Scottish Certificate of Education, 1963
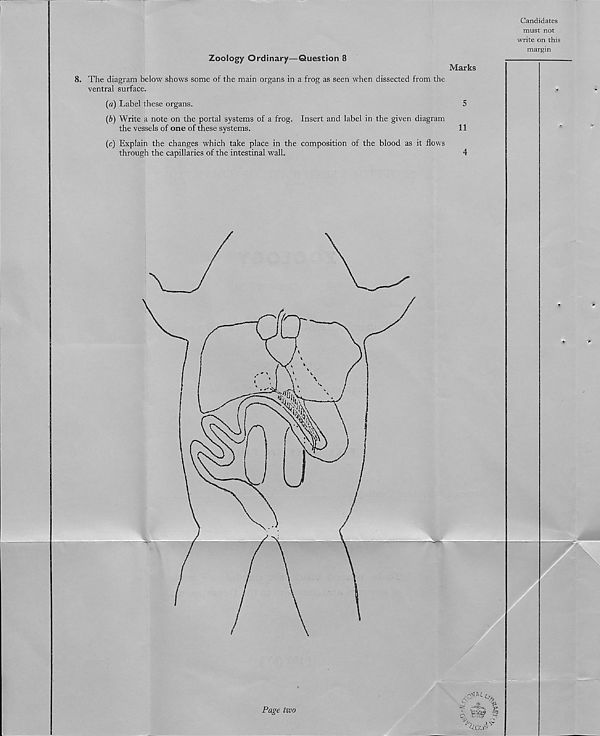
Candidates
must not
write on this
Zoology Ordinary—Question 8
8. The diagram below shows some of the main organs in a frog as seen when dissected from the
ventral surface.
(«) Label these organs.
(b) Write a note on the portal systems of a frog. Insert and label in the given diagram
the vessels of one of these systems.
(c) Explain the changes which take place in the composition of the blood as it flows
through the capillaries of the intestinal wall.
Marks
5
11
4